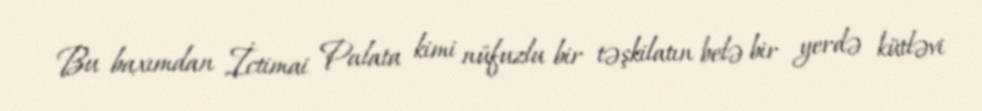
Bu baxımdan İctimai Palata kimi nüfuzlu bir təşkilatın belə bir yerdə kütləvi